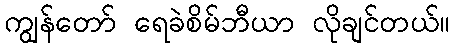
ကျွန်တော် ရေခဲစိမ်ဘီယာ လိုချင်တယ်။